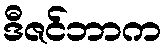
ဒီဇင်ဘာက